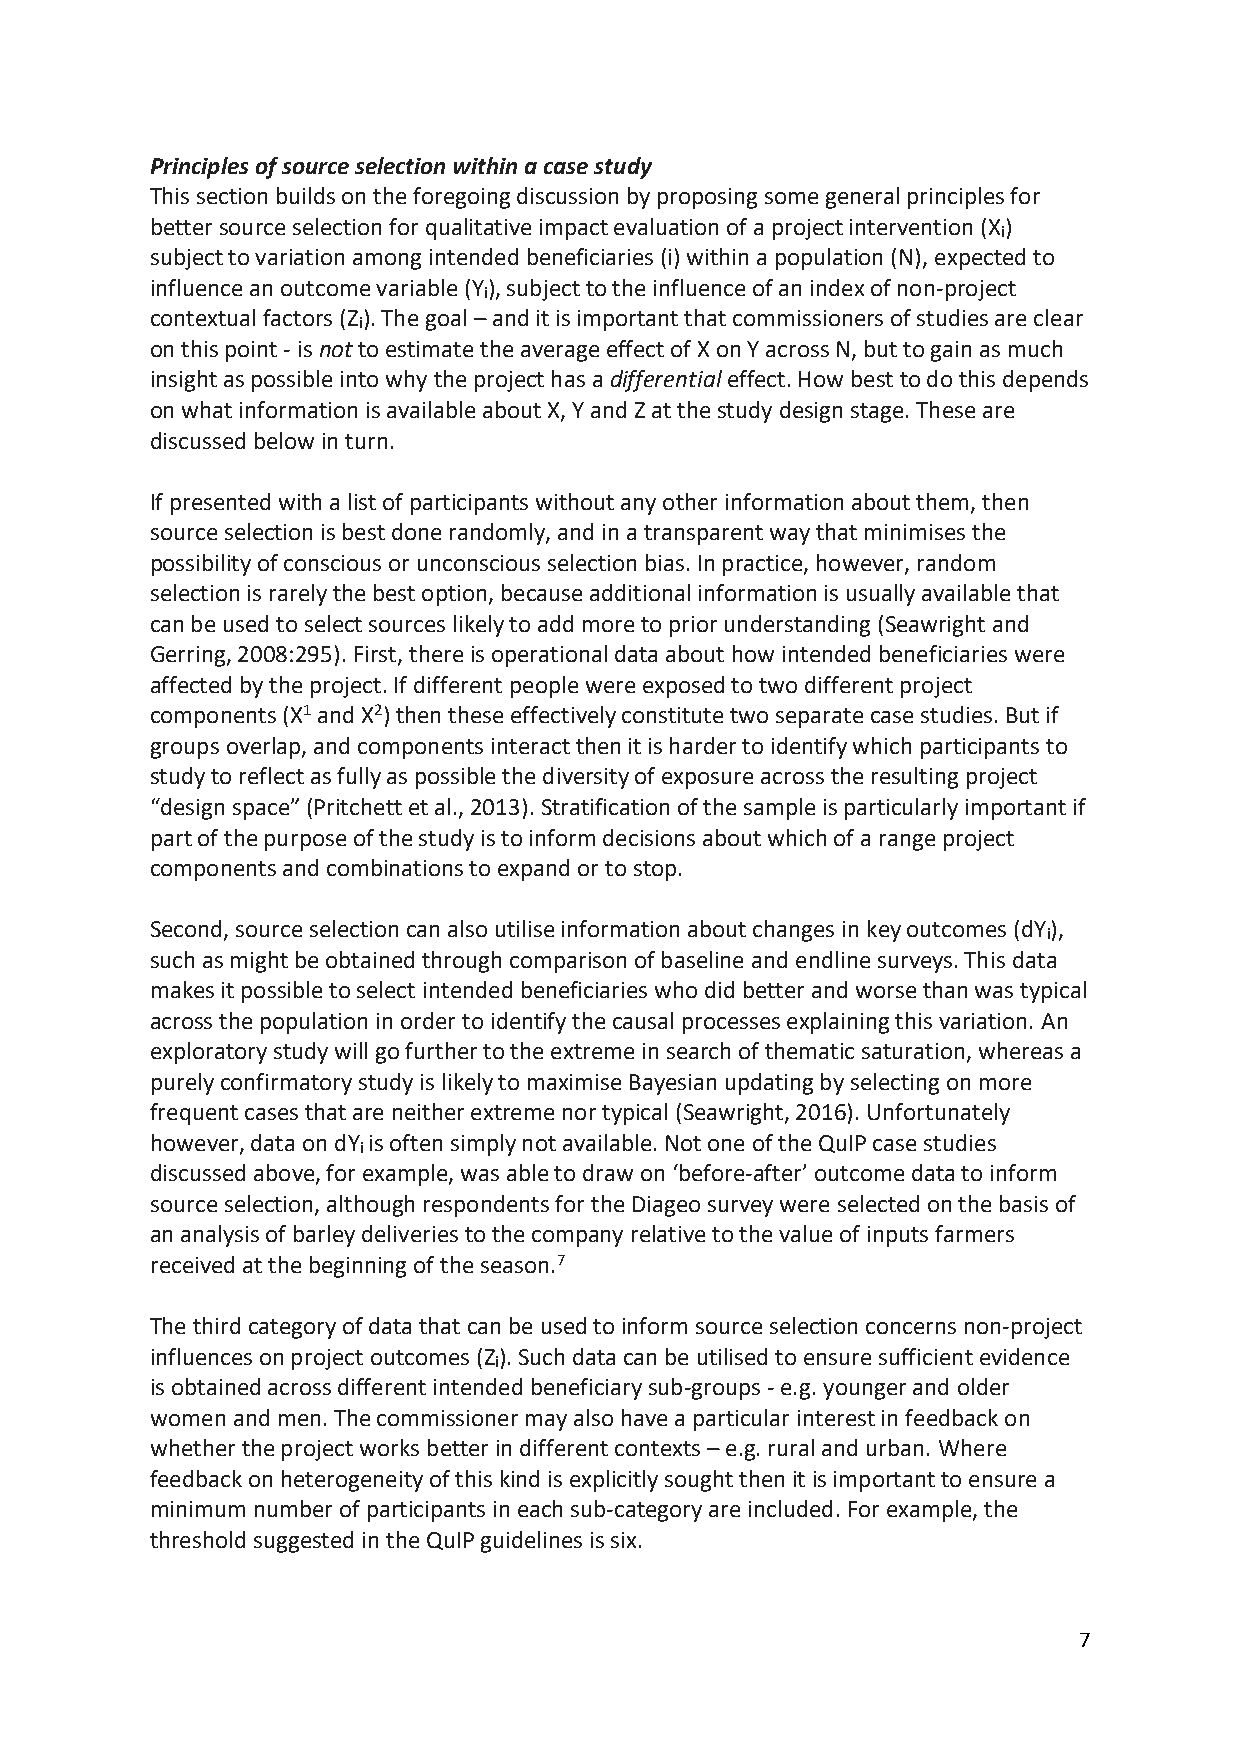
Principles of source selection within a case study
 This section builds on the foregoing discussion by proposing some general principles for
 better source selection for qualitative impact evaluation of a project intervention (X)
 i
 subject to variation among intended beneficiaries (i) within a population (N), expected to
 influence an outcome variable (Y), subject to the influence of an index of non-project
 i
 contextual factors (Z). The goal – and it is important that commissioners of studies are clear
 i
 on this point - is not to estimate the average effect of X on Y across N, but to gain as much
 insight as possible into why the project has a differential effect. How best to do this depends
 on what information is available about X, Y and Z at the study design stage. These are
 discussed below in turn.
 If presented with a list of participants without any other information about them, then
 source selection is best done randomly, and in a transparent way that minimises the
 possibility of conscious or unconscious selection bias. In practice, however, random
 selection is rarely the best option, because additional information is usually available that
 can be used to select sources likely to add more to prior understanding (Seawright and
 Gerring, 2008:295). First, there is operational data about how intended beneficiaries were
 affected by the project. If different people were exposed to two different project
 components (X1 and X2) then these effectively constitute two separate case studies. But if
 groups overlap, and components interact then it is harder to identify which participants to
 study to reflect as fully as possible the diversity of exposure across the resulting project
 “design space” (Pritchett et al., 2013). Stratification of the sample is particularly important if
 part of the purpose of the study is to inform decisions about which of a range project
 components and combinations to expand or to stop.
 Second, source selection can also utilise information about changes in key outcomes (dY),
 i
 such as might be obtained through comparison of baseline and endline surveys. This data
 makes it possible to select intended beneficiaries who did better and worse than was typical
 across the population in order to identify the causal processes explaining this variation. An
 exploratory study will go further to the extreme in search of thematic saturation, whereas a
 purely confirmatory study is likely to maximise Bayesian updating by selecting on more
 frequent cases that are neither extreme nor typical (Seawright, 2016). Unfortunately
 however, data on dY is often simply not available. Not one of the QuIP case studies
 i
 discussed above, for example, was able to draw on ‘before-after’ outcome data to inform
 source selection, although respondents for the Diageo survey were selected on the basis of
 an analysis of barley deliveries to the company relative to the value of inputs farmers
 received at the beginning of the season.7
 The third category of data that can be used to inform source selection concerns non-project
 influences on project outcomes (Z). Such data can be utilised to ensure sufficient evidence
 i
 is obtained across different intended beneficiary sub-groups - e.g. younger and older
 women and men. The commissioner may also have a particular interest in feedback on
 whether the project works better in different contexts – e.g. rural and urban. Where
 feedback on heterogeneity of this kind is explicitly sought then it is important to ensure a
 minimum number of participants in each sub-category are included. For example, the
 threshold suggested in the QuIP guidelines is six.
 7